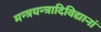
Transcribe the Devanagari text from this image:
मन्त्रयन्त्रादिविद्यानां